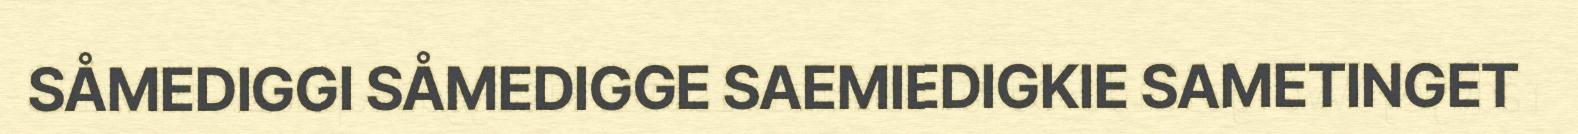
SÅMEDIGGI SÅMEDIGGE SAEMIEDIGKIE SAMETINGET